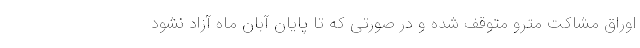
اوراق مشاکت مترو متوقف شده و در صورتی که تا پایان آبان ماه آزاد نشود